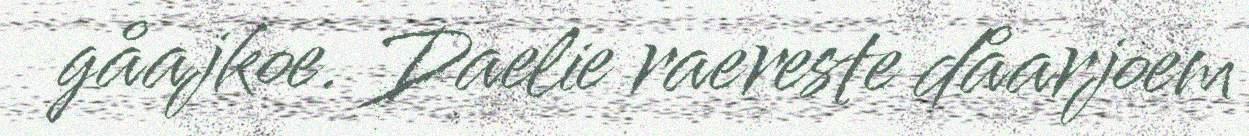
gåajkoe. Daelie raereste dåarjoem